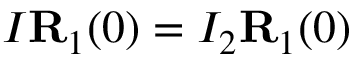
I { \bf R } _ { 1 } ( 0 ) = I _ { 2 } { \bf R } _ { 1 } ( 0 )